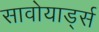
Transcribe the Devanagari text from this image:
सावोयार्ड्स